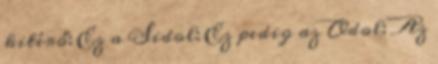
kitérő: Ez a Sidol: Ez pedig az Odol: Az